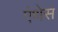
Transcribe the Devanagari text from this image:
एंथेस